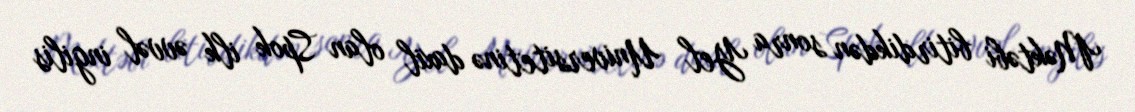
Məktəbi bitirdikdən sonra Yel Universitetinə daxil olan Spok ilk əvvəl ingilis